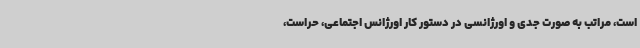
است، مراتب به صورت جدی و اورژانسی در دستور کار اورژانس اجتماعی، حراست،